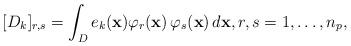
LaTeX: \begin{align*} [D_{k}]_{r,s} = \int_{D} e_{k}(\mathbf{x}) \varphi_{r}(\mathbf{x})\, \varphi_{s}(\mathbf{x}) \, d\mathbf{x}, r,s=1,\ldots, n_{p}, \end{align*}